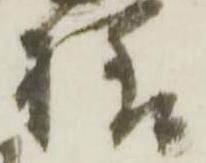
様